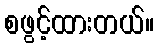
စဖွင့်ထားတယ်။